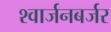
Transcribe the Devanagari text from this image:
श्वार्जनबर्जर